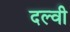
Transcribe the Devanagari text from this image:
दल्वी